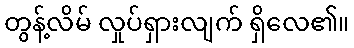
တွန့်လိမ် လှုပ်ရှားလျက် ရှိလေ၏။